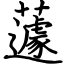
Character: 蘧